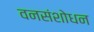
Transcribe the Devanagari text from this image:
वनसंशोधन